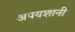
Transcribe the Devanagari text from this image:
अपयशानी